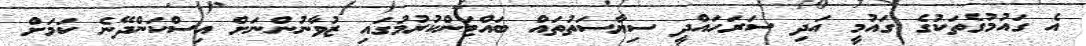
އެ ގައުމުގެތަކުގެ ގައުމީ އަދި ސަރަހައްދީ ސިޔާސަތުތައް ބައްޓަންކުރުމުގައި ޒުވާނުންނަށް އިސްކަންދޭނެ ކަމަށް